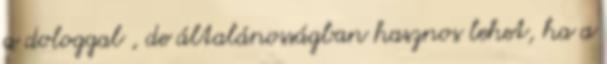
a dologgal , de általánosságban hasznos lehet, ha a